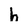
Character: h